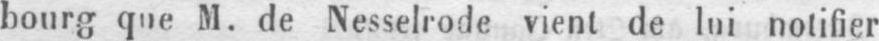
bourg que M. de Nesselrode vient de lui notifier